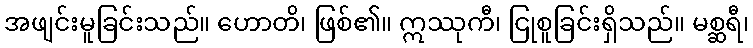
အဖျင်းမူခြင်းသည်။ ဟောတိ၊ ဖြစ်၏။ ဣဿုကီ၊ ငြုစူခြင်းရှိသည်။ မစ္ဆရီ၊